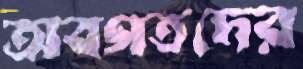
অবগতদের